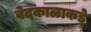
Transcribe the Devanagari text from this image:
वेदकाळाकडे